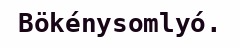
Bökénysomlyó.